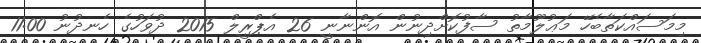
މިމަސައްކަތާބެހޭ މަޢުލޫމާތު ސާފުކޮށްދިނުން އޮންނާނީ 26 އެޕްރީލް 2015 ދުވަހުގެ ހެނދުނު 11:00